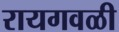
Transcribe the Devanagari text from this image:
रायगवळी